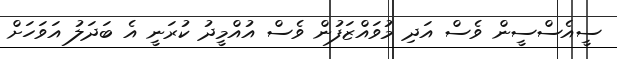
ސީއެސްސީން ވެސް އަދި މުވައްޒަފުން ވެސް އުއްމީދު ކުރަނީ އެ ބަދަލު އަވަހަށް